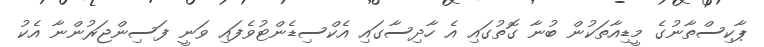
ޕާކިސްތާނުގެ މީޑިއާތަކުން ބުނާ ގޮތުގައި އެ ހާދިސާގައި އެކްސިޑެންޓުވެފައި ވަނީ ފަސިންޖަރުންނާ އެކު